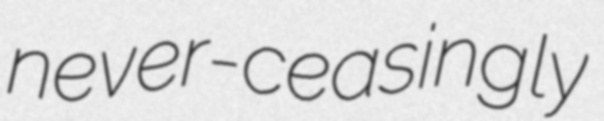
never-ceasingly